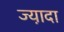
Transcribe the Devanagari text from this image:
ज्या़दा